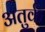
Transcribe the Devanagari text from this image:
अतुर्क